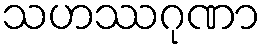
သဟဿဂုဏာ